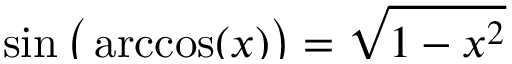
\smash { \sin \big ( \operatorname { a r c c o s } ( x ) \big ) } = \smash { \sqrt { 1 - x ^ { 2 } } }